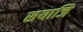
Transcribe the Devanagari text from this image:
सयाजि